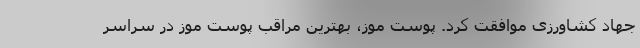
جهاد کشاورزی موافقت کرد. پوست موز، بهترین مراقب پوست موز در سراسر